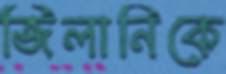
জিলানিকে